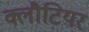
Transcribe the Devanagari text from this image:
क्लौटियर